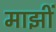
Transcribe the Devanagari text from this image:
माझीं